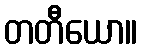
တတီယော။